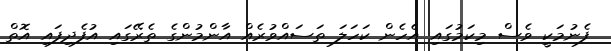
ފެނުމަކީ ވެސް މިކަމުގައި އެހެން ކަހަލަ ތަސައްވުރެއް އާންމުންގެ ތެރޭގައި އުފެދިފައި އޮތް